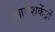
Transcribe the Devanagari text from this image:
आवेशकेंद्रों